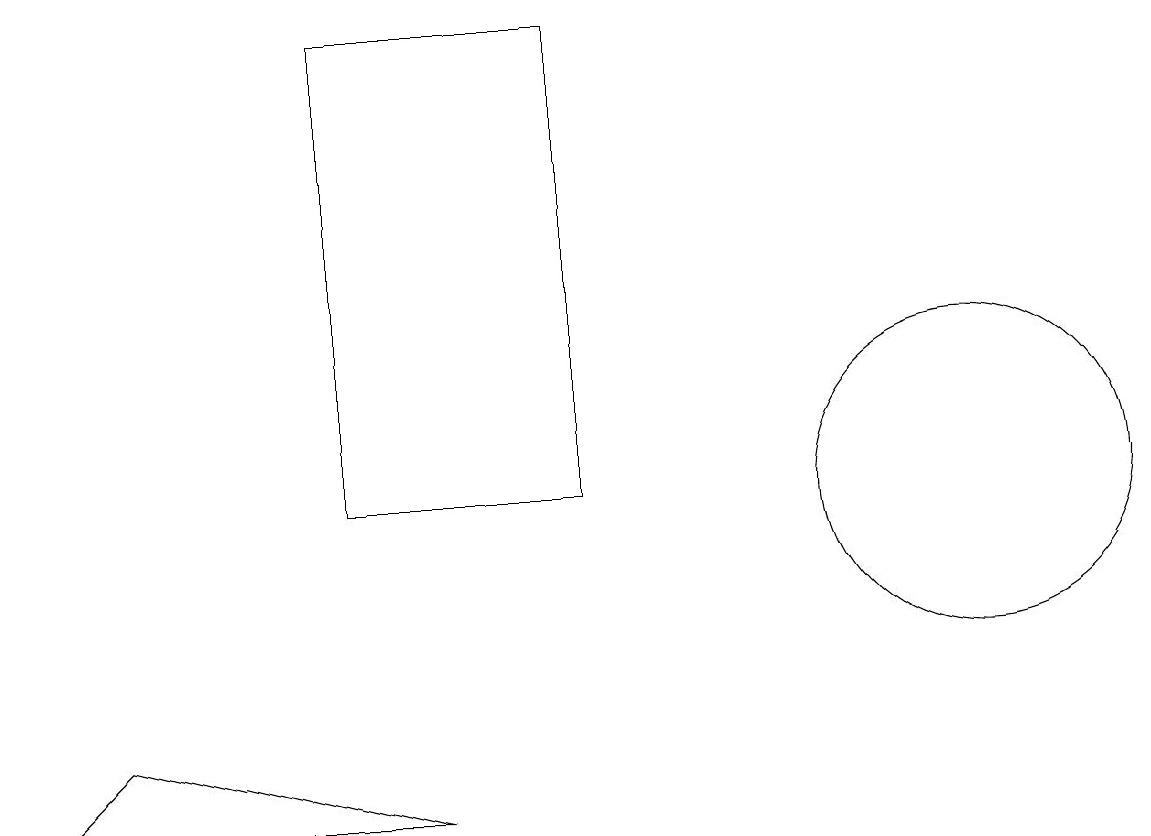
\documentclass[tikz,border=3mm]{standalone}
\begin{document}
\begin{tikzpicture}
\draw (12,10) circle (2);
\draw (1,7) -- (0,6) -- (5,6) -- cycle;
\draw (4,10) rectangle (7,16);
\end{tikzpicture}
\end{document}